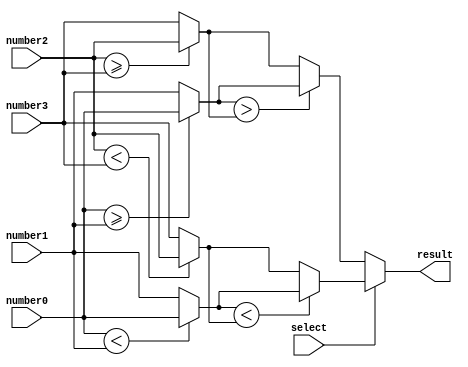
module MMS_4num(result, select, number0, number1, number2, number3);

input        select;
input  [7:0] number0;
input  [7:0] number1;
input  [7:0] number2;
input  [7:0] number3;
output [7:0] result;

reg [7:0] result;
wire [7:0] max1;
wire [7:0] min1;
wire [7:0] max2;
wire [7:0] min2;

assign max1= number0>=number1 ? number0 : number1;
assign min1= number0<number1 ? number0 : number1;
assign max2= number2>=number3 ? number2 : number3;
assign min2= number2<number3 ? number2 : number3;

always@(*)begin
  if(select==0)
    result=max1>max2?max1:max2;
  else
    result=min1<min2?min1:min2;
end
endmodule